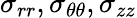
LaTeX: \sigma_{rr},\sigma_{\theta\theta},\sigma_{zz}